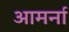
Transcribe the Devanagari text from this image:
आमर्ना